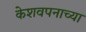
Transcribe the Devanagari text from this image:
केशवपनाच्या